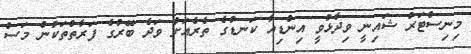
މިނިސްޓަރު ޝައިނީ ވިދާޅުވީ އިންޑިއާ ކަނޑުގެ ތެރެއަށް ވަދެ ބޭރުގެ ފަރާތްތަކުން މަސް